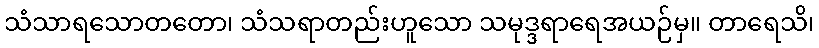
သံသာရသောတတော၊ သံသရာတည်းဟူသော သမုဒ္ဒရာရေအယဉ်မှ။ တာရေသိ၊